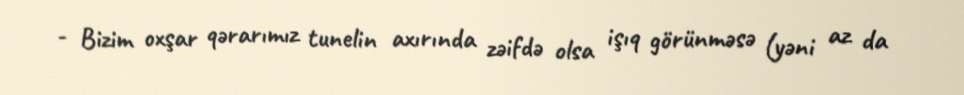
- Bizim oxşar qərarımız tunelin axırında zəifdə olsa işıq görünməsə (yəni az da